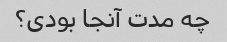
چه مدت آنجا بودی؟